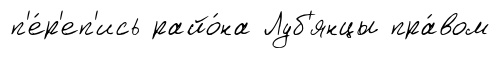
п'е́р'еп'ись райо́на Луб'янцы пра́вом